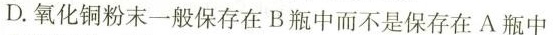
D.氧化铜粉末一般保存在B瓶中而不是保存在A瓶中